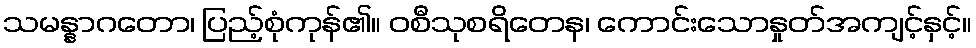
သမန္နာဂတော၊ ပြည့်စုံကုန်၏။ ဝစီသုစရိတေန၊ ကောင်းသောနှုတ်အကျင့်နှင့်။